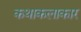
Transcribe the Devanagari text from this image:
कथाकलाकार